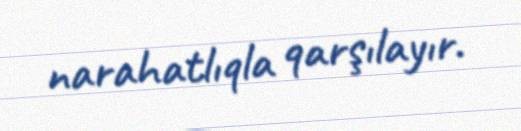
narahatlıqla qarşılayır.